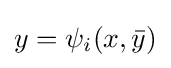
y=\psi _{i}(x,{\bar {y}})